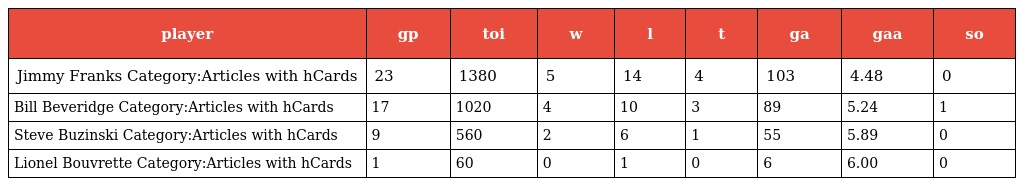
| player | gp | toi | w | l | t | ga | gaa | so |
 | --- | --- | --- | --- | --- | --- | --- | --- | --- |
 | Jimmy Franks Category:Articles with hCards | 23 | 1380 | 5 | 14 | 4 | 103 | 4.48 | 0 |
 | Bill Beveridge Category:Articles with hCards | 17 | 1020 | 4 | 10 | 3 | 89 | 5.24 | 1 |
 | Steve Buzinski Category:Articles with hCards | 9 | 560 | 2 | 6 | 1 | 55 | 5.89 | 0 |
 | Lionel Bouvrette Category:Articles with hCards | 1 | 60 | 0 | 1 | 0 | 6 | 6.00 | 0 |